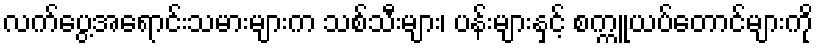
လက်ပွေ့အရောင်းသမားများက သစ်သီးများ၊ ပန်းများနှင့် စက္ကူယပ်တောင်များကို